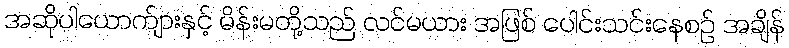
အဆိုပါယောက်ျားနှင့် မိန်းမတို့သည် လင်မယား အဖြစ် ပေါင်းသင်းနေစဉ် အချိန်